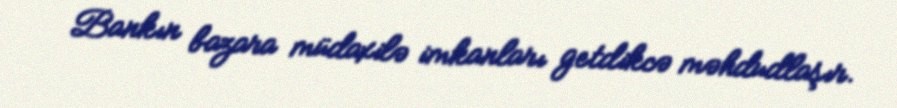
Bankın bazara müdaxilə imkanları getdikcə məhdudlaşır.